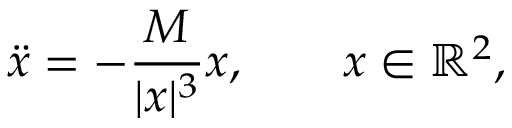
{ \ddot { x } } = - { \frac { M } { | x | ^ { 3 } } } x , \qquad x \in \mathbb { R } ^ { 2 } ,